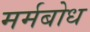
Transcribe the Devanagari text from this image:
मर्मबोध